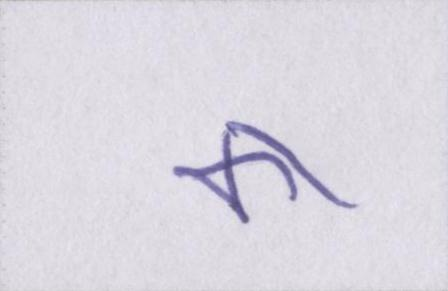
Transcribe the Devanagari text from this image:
का